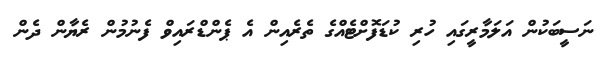
ނަސީބަކުން އަލަމާރީގައި ހުރި ކުޑަފޮށްޓެއްގެ ތެރެއިން އެ ޕެންޑްރައިވް ފެނުމުން ރެޔާން ދެން